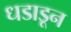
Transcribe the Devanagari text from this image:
धडाडून